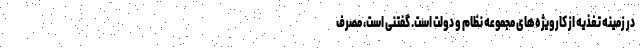
در زمینه تغذیه از کارویژه‌های مجموعه نظام و دولت است. گفتنی است، مصرف